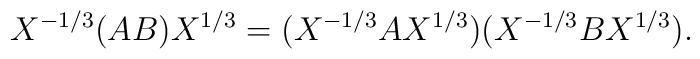
X^{-1/3}(AB)X^{1/3} = (X^{-1/3}AX^{1/3})(X^{-1/3}BX^{1/3}).